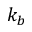
k _ { b }